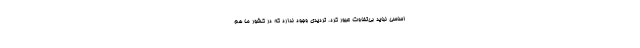
اساسی نباید بی‌تفاوت عبور کرد. تردیدی وجود ندارد که در کشور ما هم